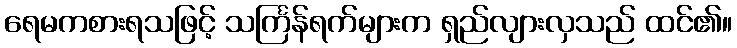
ရေမကစားရသဖြင့် သင်္ကြန်ရက်များက ရှည်လျားလှသည် ထင်၏။